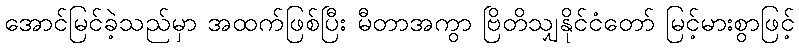
အောင်မြင်ခဲ့သည်မှာ အထက်ဖြစ်ပြီး မီတာအကွာ ဗြိတိသျှနိုင်ငံတော် မြင့်မားစွာဖြင့်